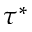
\tau ^ { * }